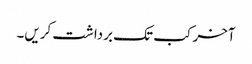
آخر کب تک برداشت کریں۔